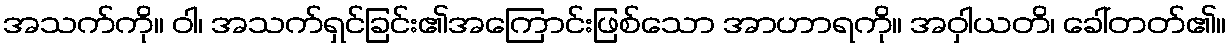
အသက်ကို။ ဝါ၊ အသက်ရှင်ခြင်း၏အကြောင်းဖြစ်သော အာဟာရကို။ အဝှါယတိ၊ ခေါ်တတ်၏။